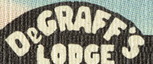
DeGRAFF'S